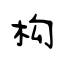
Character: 构